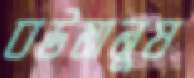
বউমানুষ